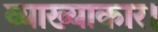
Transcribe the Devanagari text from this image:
व्याख्याकार।